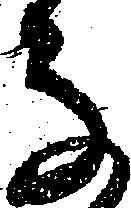
な